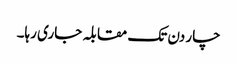
چار دن تک مقابلہ جاری رہا۔